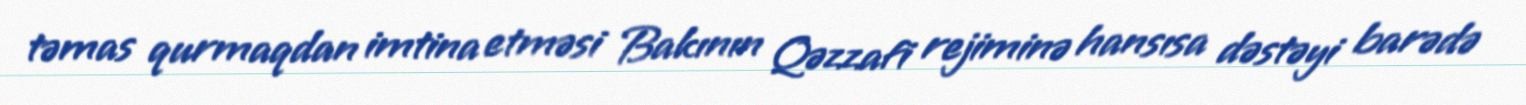
təmas qurmaqdan imtina etməsi Bakının Qəzzafi rejiminə hansısa dəstəyi barədə